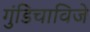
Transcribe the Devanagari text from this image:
गुंडिचाविजे